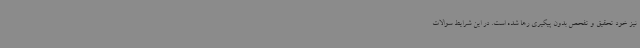
نیز خود تحقیق و تفحص بدون پیگیری رها شده است. در این شرایط سوالات